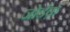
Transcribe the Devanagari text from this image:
जोर्डक़